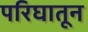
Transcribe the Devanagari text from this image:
परिघातून